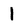
Character: 1